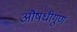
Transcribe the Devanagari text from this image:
औषधीगुण